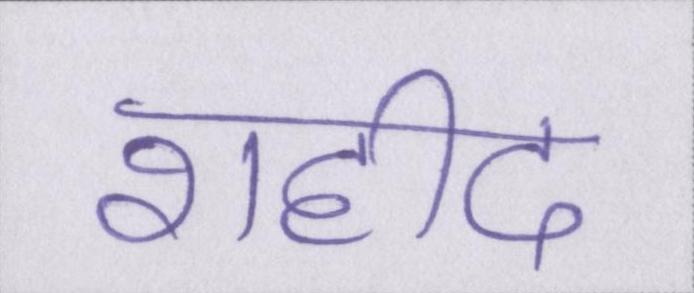
शहीद